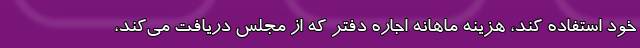
خود استفاده کند، هزینه ماهانه اجاره دفتر که از مجلس دریافت می‌کند،